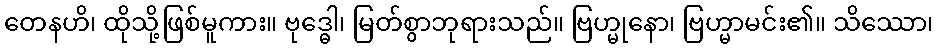
တေနဟိ၊ ထိုသို့ဖြစ်မူကား။ ဗုဒ္ဓေါ၊ မြတ်စွာဘုရားသည်။ ဗြဟ္မုနော၊ ဗြဟ္မာမင်း၏။ သိဿော၊